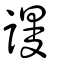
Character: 謾